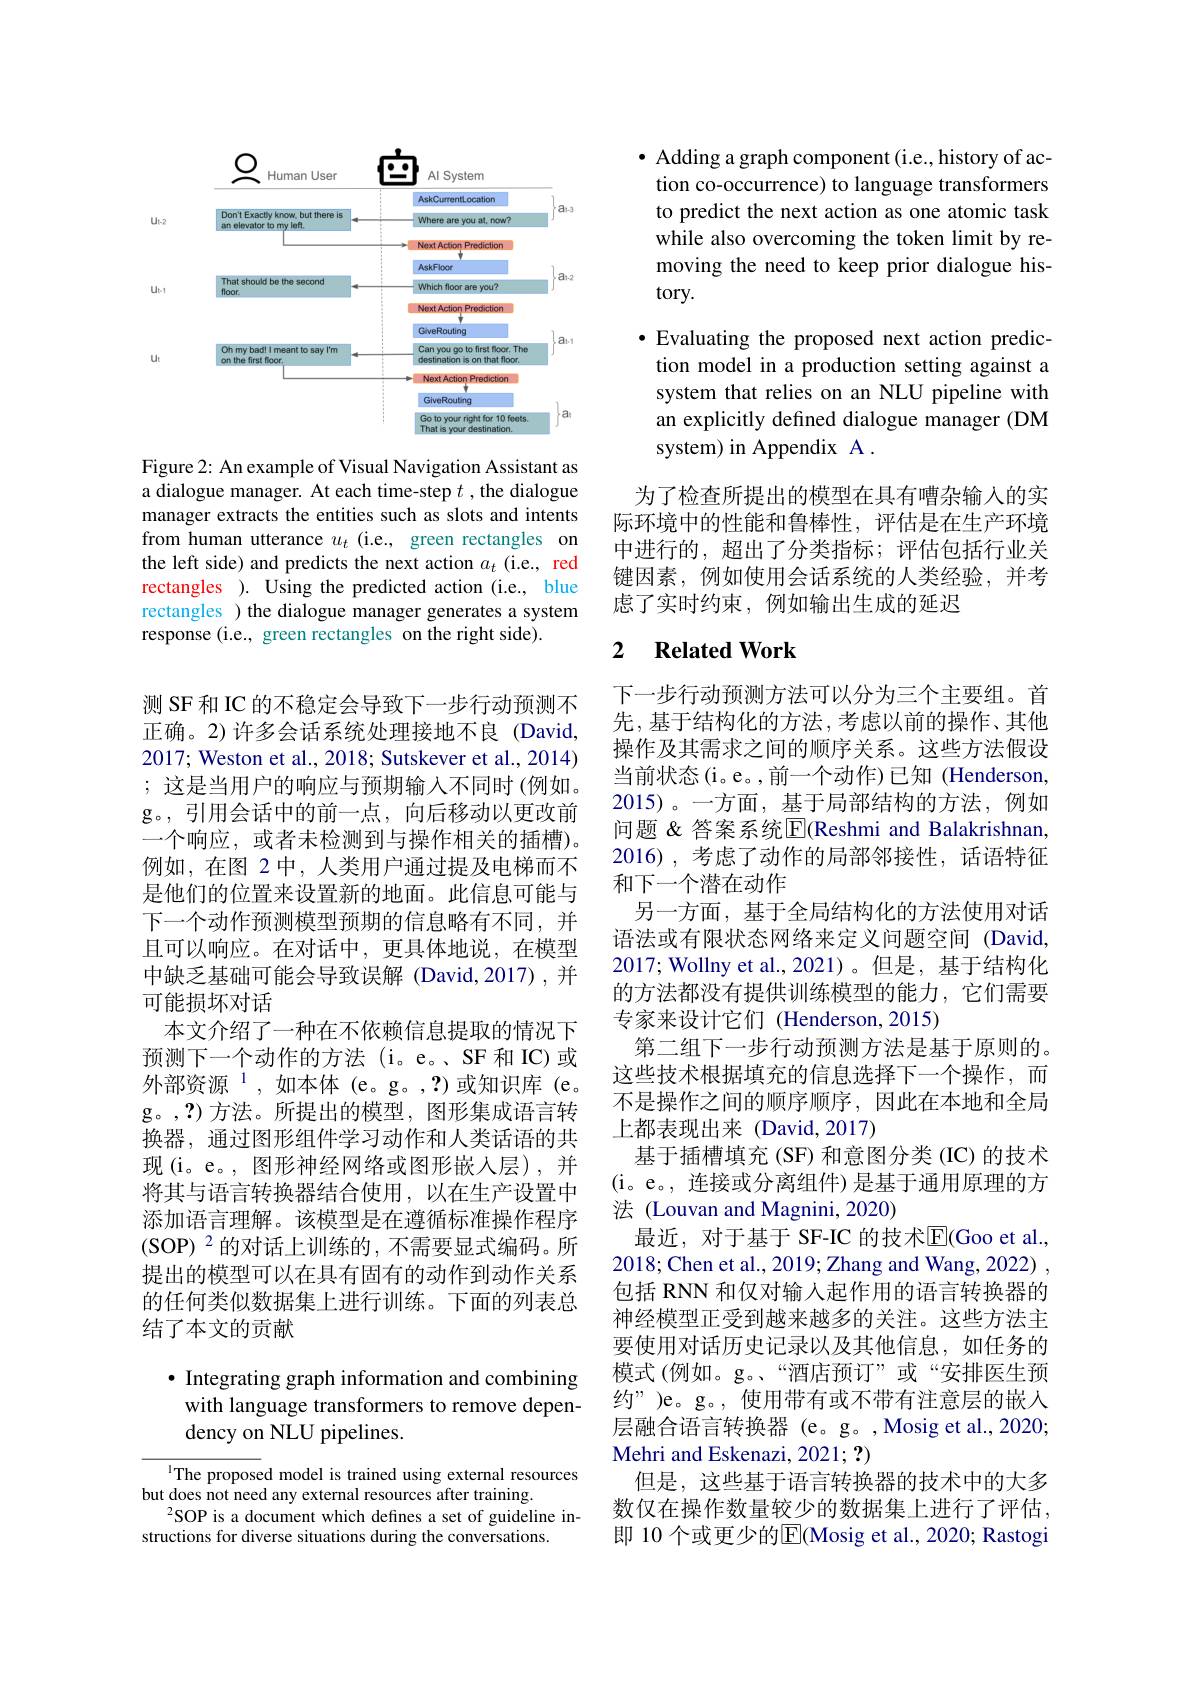
<FigureHere>

Figure 2: An example of Visual Navigation Assistant as a dialogue manager. At each time-step $t$ ,the dialogue manager extracts the entities such as slots and intents from human utterance $u_t$ (i.e., green rectangles on the left side) and predicts the next action $a_t$ (i.e., red rectangles ). Using the predicted action (i.e., blue rectangles ) the dialogue manager generates a system response (i.e., green rectangles on the right side).

测 SF 和 IC 的不稳定会导致下一步行动预测不正确。2)许多会话系统处理接地不良(David, 2017; Weston et al., 2018; Sutskever et al., 2014) ;这是当用户的响应与预期输入不同时(例如。g。,引用会话中的前一点，向后移动以更改前一个响应，或者未检测到与操作相关的插槽)。例如，在图 2 中，人类用户通过提及电梯而不是他们的位置来设置新的地面。此信息可能与下一个动作预测模型预期的信息略有不同，并且可以响应。在对话中，更具体地说，在模型中缺乏基础可能会导致误解 (David,2017),并可能损坏对话
本文介绍了一种在不依赖信息提取的情况下预测下一个动作的方法(i。e。、SF和IC)或外部资源$^1$,如本体(e。g。,?)或知识库(e。g。,?)方法。所提出的模型，图形集成语言转换器，通过图形组件学习动作和人类话语的共现(i。e。, 图形神经网络或图形嵌人层),并将其与语言转换器结合使用，以在生产设置中添加语言理解。该模型是在遵循标准操作程序(SOP)$^2$的对话上训练的，不需要显式编码。所提出的模型可以在具有固有的动作到动作关系的任何类似数据集上进行训练。下面的列表总结了本文的贡献

# $\bullet$ Integrating graph information and combining with language transformers to remove dependency on NLU pipelines.

The proposed model is trained using external resources
but does not need any external resources after training.
$^{2}$SOP is a document which defines a set of guideline in-
structions for diverse situations during the conversations

$\bullet$ Adding a graph component (i.e., history of action co-occurrence) to language transformers to predict the next action as one atomic task while also overcoming the token limit by removing the need to keep prior dialogue history.
·Evaluating the proposed next action predic-
tion model in a production setting against a system that relies on an NLU pipeline with an explicitly defined dialogue manager (DM system) in Appendix A .
为了检查所提出的模型在具有嘈杂输入的实

际环境中的性能和鲁棒性，评估是在生产环境中进行的，超出了分类指标；评估包括行业关键因素，例如使用会话系统的人类经验，并考虑了实时约束，例如输出生成的延迟

### 2 $\textbf{Related Work}$

下一步行动预测方法可以分为三个主要组。首先，基于结构化的方法，考虑以前的操作、其他操作及其需求之间的顺序关系。这些方法假设当前状态(i。e。,前一个动作)已知 (Henderson, 2015)。一方面，基于局部结构的方法，例如问题 & 答案系统$\mathbb{E}($Reshmi and Balakrishnan, 2016),考虑了动作的局部邻接性，话语特征和下一个潜在动作
另一方面，基于全局结构化的方法使用对话语法或有限状态网络来定义问题空间 (David 2017; Wollny et al.,2021)。但是，基于结构化的方法都没有提供训练模型的能力，它们需要专家来设计它们 (Henderson,2015)
第二组下一步行动预测方法是基于原则的。这些技术根据填充的信息选择下一个操作，而不是操作之间的顺序顺序，因此在本地和全局上都表现出来 (David,2017)
基于插槽填充(SF) 和意图分类 (IC) 的技术(i。e。,连接或分离组件)是基于通用原理的方法 (Louvan and Magnini, 2020)
最近，对于基于 SF-IC 的技术E$( Goo et al. $, 2018; Chen et al., 2019; Zhang and Wang, 2022) , 包括 RNN 和仅对输入起作用的语言转换器的神经模型正受到越来越多的关注。这些方法主要使用对话历史记录以及其他信息，如任务的模式 (例如。g。“酒店预订”或“安排医生预约”)e。g。,使用带有或不带有注意层的嵌入层融合语言转换器 (e。g。,Mosig et al.,2020; Mehri and Eskenazi, 2021; ?)
但是，这些基于语言转换器的技术中的大多数仅在操作数量较少的数据集上进行了评估， 即 10 个或更少的$\overline{\mathrm{E}}$(Mosig et al., 2020; Rastogi